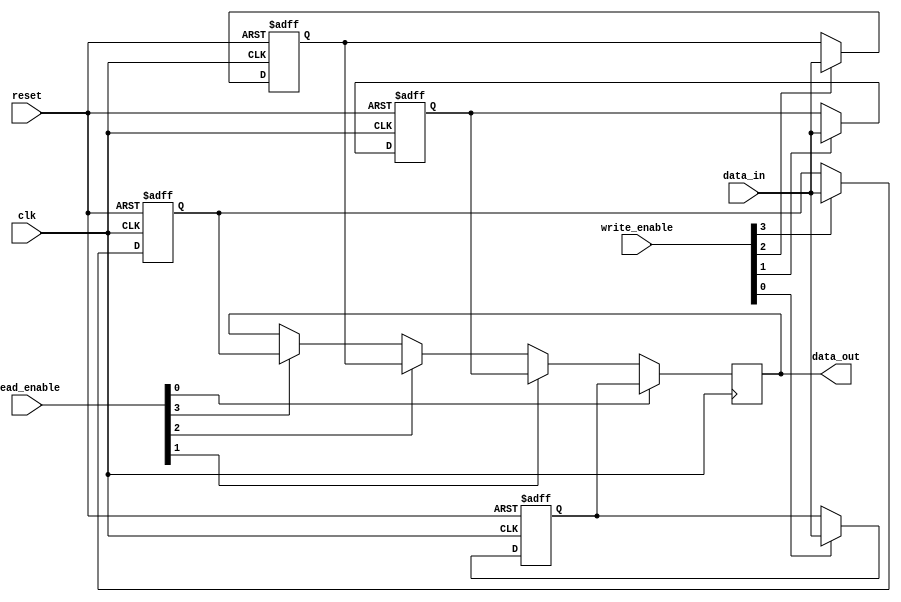
module FourWayBypassRegister(
    input wire [31:0] data_in,
    input wire [3:0] write_enable,
    input wire [3:0] read_enable,
    input wire clk,
    input wire reset,
    output reg [31:0] data_out
);

reg [31:0] reg0, reg1, reg2, reg3;

always @ (posedge clk or posedge reset)
begin
    if (reset)
    begin
        reg0 <= 32'h0;
        reg1 <= 32'h0;
        reg2 <= 32'h0;
        reg3 <= 32'h0;
    end
    else
    begin
        if (write_enable[0])
            reg0 <= data_in;
        if (write_enable[1])
            reg1 <= data_in;
        if (write_enable[2])
            reg2 <= data_in;
        if (write_enable[3])
            reg3 <= data_in;
    end
end

always @ (posedge clk)
begin
    if (read_enable[0])
        data_out <= reg0;
    else if (read_enable[1])
        data_out <= reg1;
    else if (read_enable[2])
        data_out <= reg2;
    else if (read_enable[3])
        data_out <= reg3;
end

endmodule